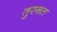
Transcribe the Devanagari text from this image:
तुरनत